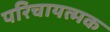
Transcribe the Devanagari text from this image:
परिचायत्मक